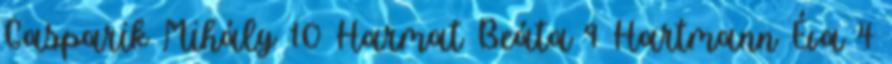
Gasparik Mihály 10 Harmat Beáta 9 Hartmann Éva 4